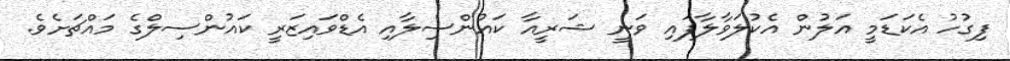
ފިގުހު އެކަޑަމީ އަލުން އެކުލަވާލާފައި ވަނީ ޝަރީއާ ކައުންސިލާއި އެޑްވައިޒަރީ ކައުންސިލްގެ މައްޗަށެވެ.